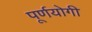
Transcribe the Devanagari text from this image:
पूर्णयोगी